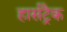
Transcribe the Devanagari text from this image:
हार्सट्रैक